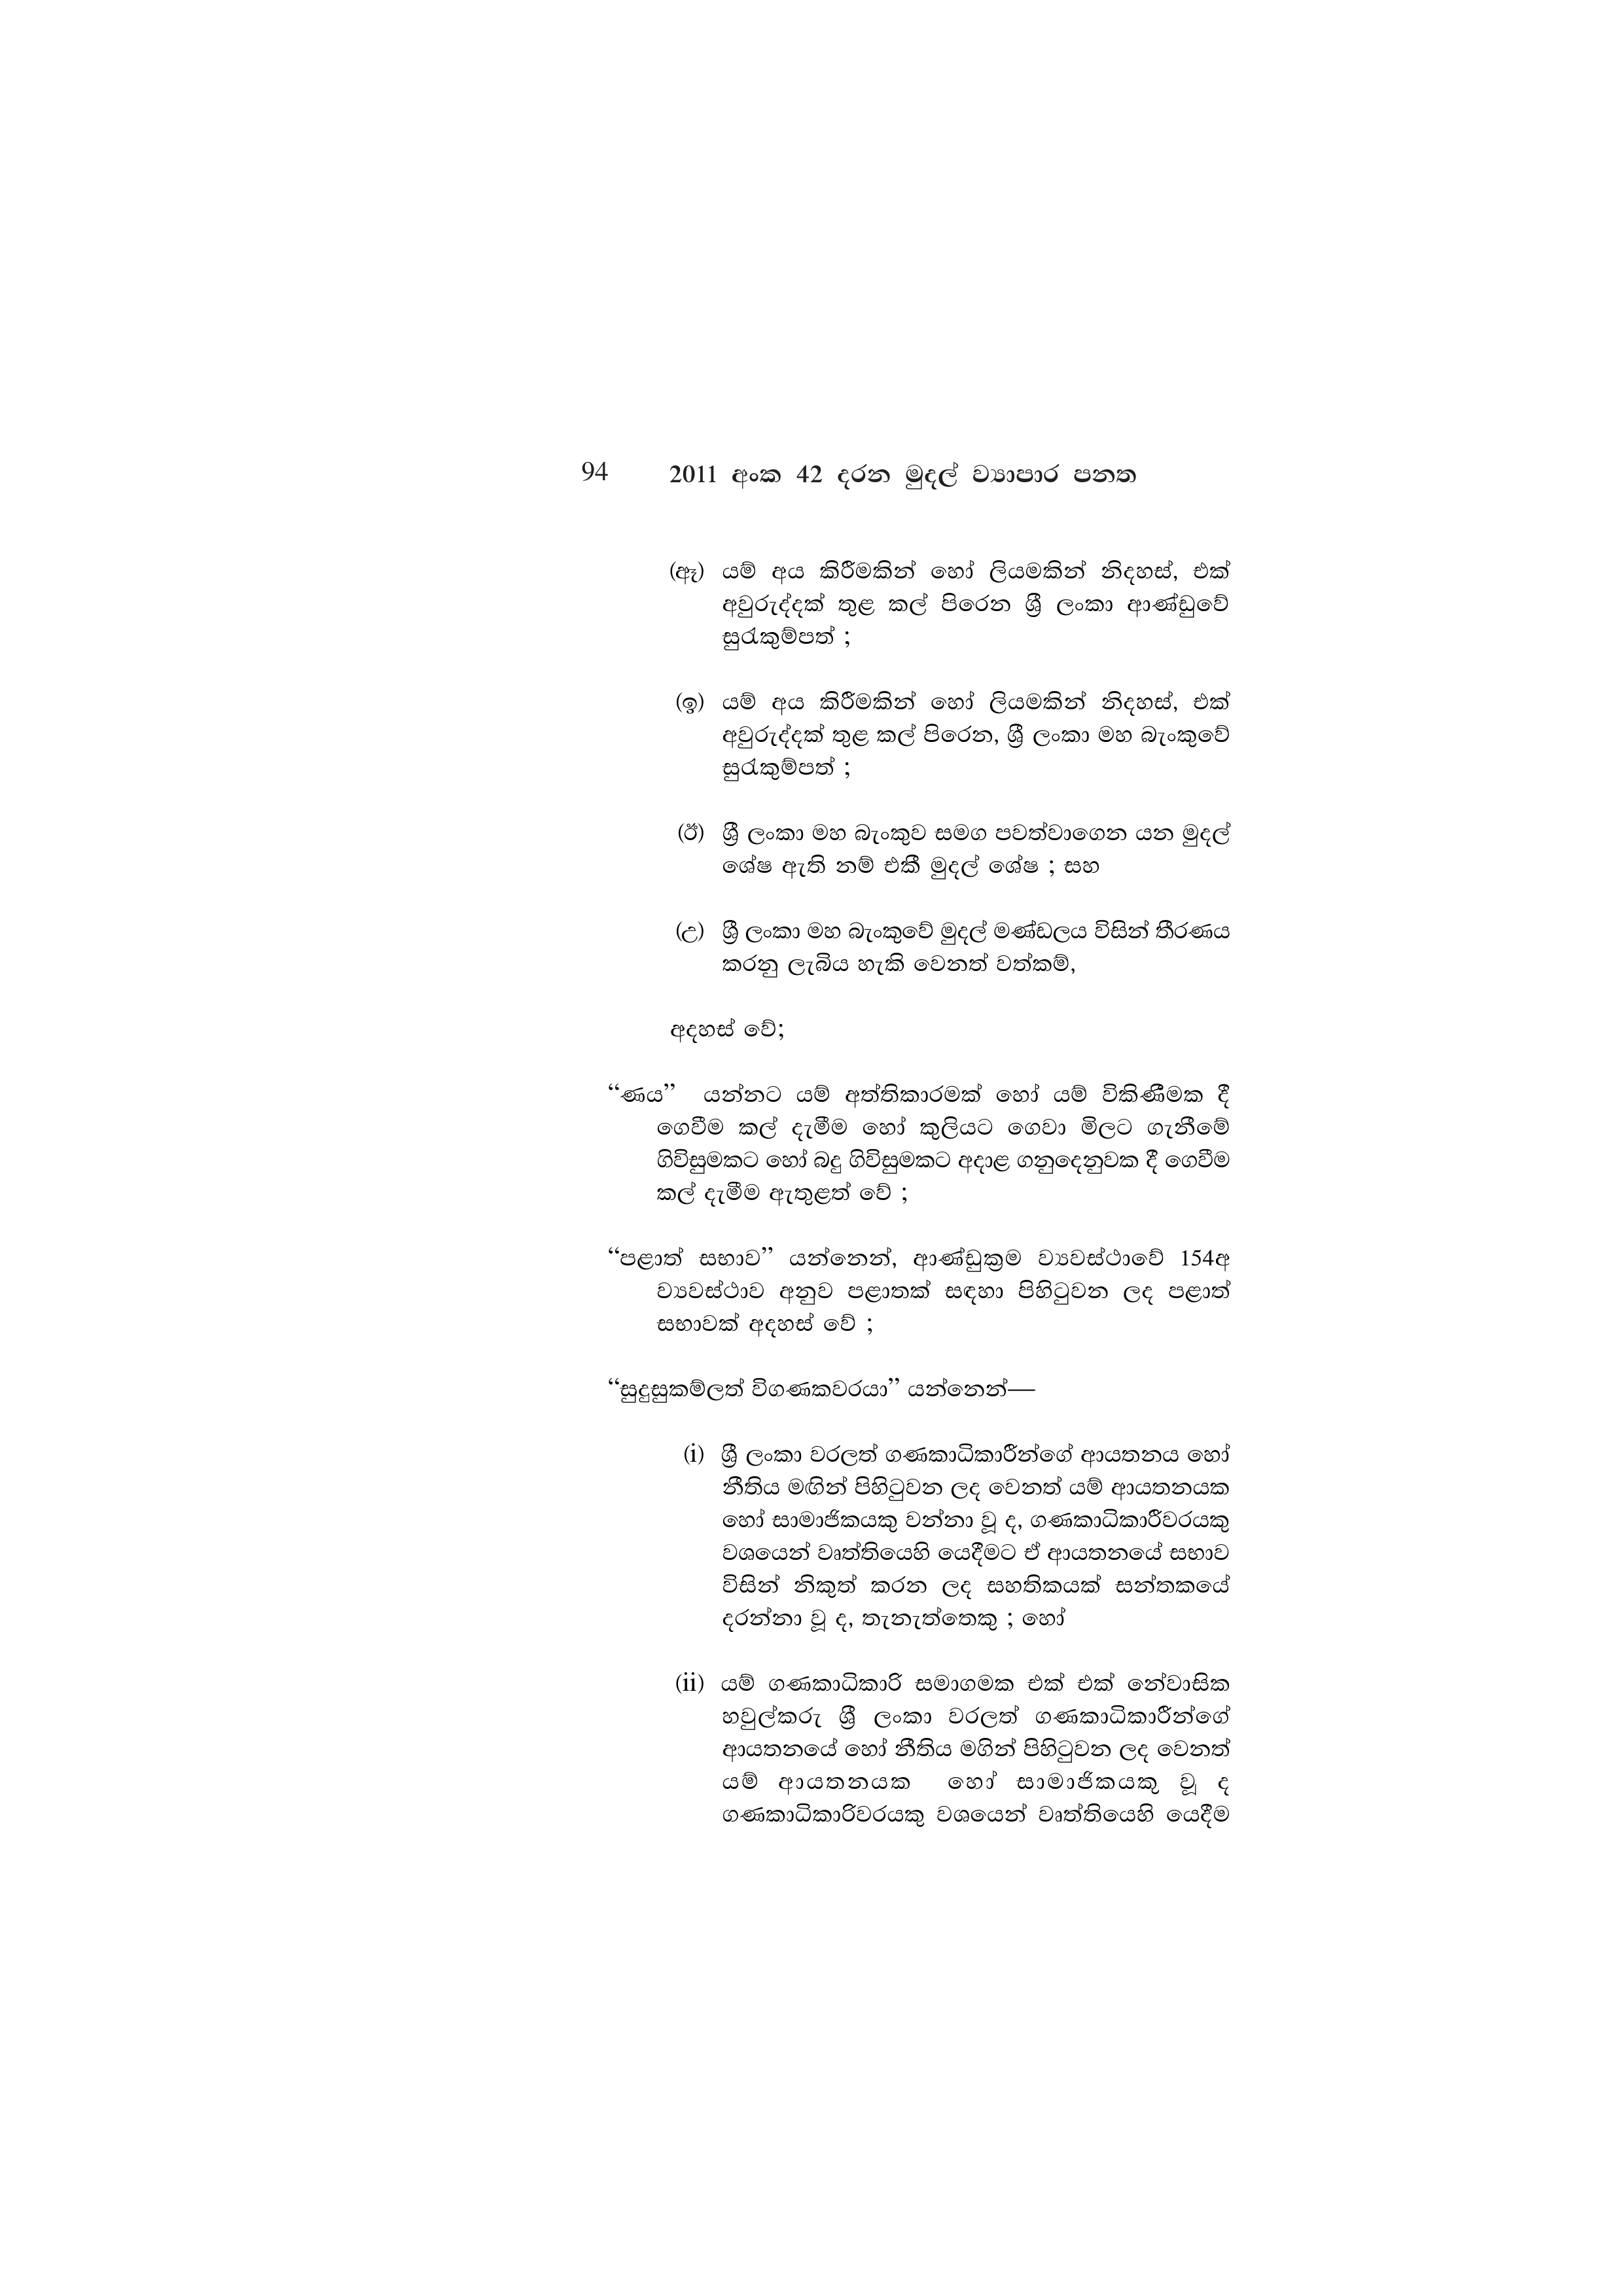
94 2011 අංක 42 දරන මුදල් ව්‍යාපාර පනත

(ඈ) යම් අය කිරීමකින් හෝ ලියමකින් නිදහස්, එක්
අවුරුද්දක් තුළ කල් පිරෙන ශ්‍රී ලංකා ආණ්ඩුවේ
සුරැකුම්පත් ;

(ඉ) යම් අය කිරීමකින් හෝ ලියමකින් නිදහස්, එක්
අවුරුද්දක් තුළ කල් පිරෙන, ශ්‍රී ලංකා මහ බැංකුවේ
සුරැකුම්පත් ;

(ඊ) ශ්‍රී ලංකා මහ බැංකුව සමග පවත්වාගෙන යන මුදල්
ශේෂ ඇති නම් එකී මුදල් ශේෂ ; සහ

(උ) ශ්‍රී ලංකා මහ බැංකුවේ මුදල් මණ්ඩලය විසින් තීරණය
කරනු ලැබිය හැකි වෙනත් වත්කම්,

අදහස් වේ;

“ණය” යන්නට යම් අත්තිකාරමක් හෝ යම් විකිණීමක දී
ගෙවීම කල් දැමීම හෝ කුලියට ගෙවා මිලට ගැනීමේ
ගිවිසුමකට හෝ බදු ගිවිසුමකට අදාළ ගනුදෙනුවක දී ගෙවීම
කල් දැමීම ඇතුළත් වේ ;

“පළාත් සභාව” යන්නෙන්, ආණ්ඩුක්‍රම ව්‍යවස්ථාවේ 154අ
ව්‍යවස්ථාව අනුව පළාතක් සඳහා පිහිටුවන ලද පළාත්
සභාවක් අදහස් වේ ;

“සුදුසුකම්ලත් විගණකවරයා” යන්නෙන්—

(i) ශ්‍රී ලංකා වරලත් ගණකාධිකාරීන්ගේ ආයතනය හෝ
නීතිය මඟින් පිහිටුවන ලද වෙනත් යම් ආයතනයක
හෝ සාමාජිකයකු වන්නා වූ ද, ගණකාධිකාරීවරයකු
වශයෙන් වෘත්තියෙහි යෙදීමට ඒ ආයතනයේ සභාව
විසින් නිකුත් කරන ලද සහතිකයක් සන්තකයේ
දරන්නා වූ ද, තැනැත්තෙකු ; හෝ

(ii) යම් ගණකාධිකාරි සමාගමක එක් එක් නේවාසික
හවුල්කරු ශ්‍රී ලංකා වරලත් ගණකාධිකාරීන්ගේ
ආයතනයේ හෝ නීතිය මගින් පිහිටුවන ලද වෙනත්
යම් ආයතනයක හෝ සාමාජිකයකු වූ ද
ගණකාධිකාරිවරයකු වශයෙන් වෘත්තියෙහි යෙදීම